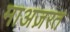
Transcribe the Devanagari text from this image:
माअज़रत